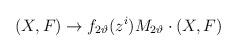
LaTeX: \begin{align*}(X,F)\rightarrow f_{2\vartheta}(z^i) {M}_{2\vartheta} \cdot (X,F)\end{align*}